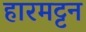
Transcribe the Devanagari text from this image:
हारमट्टन